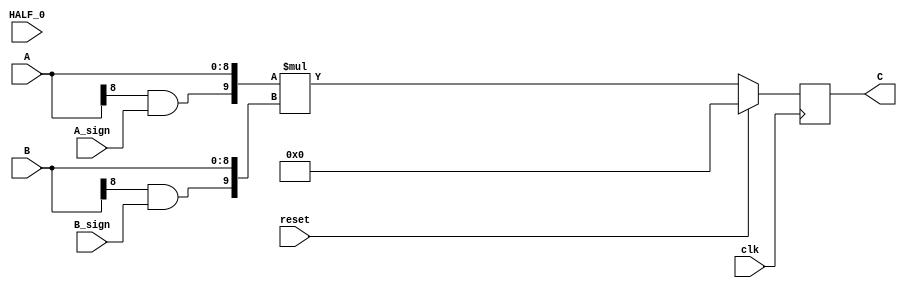
module multiplier_S_C3x2_F0_9bits_9bits_HighLevelDescribed_auto(
		input clk,
		input reset,

		input [A_chop_size-1:0] A,
		input [B_chop_size-1:0] B,

		input A_sign,
		input B_sign,

		input HALF_0,	// a selector bit to switch computation to half mode level 0

		output reg [A_chop_size+B_chop_size-1:0] C
	);

parameter A_chop_size = 9;
parameter B_chop_size = 9;

// to support both signed and unsigned multiplication
// sign extension regarding extra sign identifier
wire A_extended_level0_0;
wire B_extended_level0_0;
assign A_extended_level0_0 = (A[8])&(A_sign);
assign B_extended_level0_0 = (B[8])&(B_sign);


reg signed [A_chop_size+B_chop_size+1:0] C_temp;
always @ (*) begin
	 C_temp = $signed({{A_extended_level0_0},{A}}) * $signed({{B_extended_level0_0},{B}});
end

always @ (posedge clk) begin
	if(reset)
		C <= 0;
	else
		C <= C_temp[A_chop_size+B_chop_size-1:0];
end

endmodule